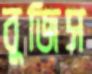
বুজিস